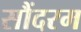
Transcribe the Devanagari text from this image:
सौंदरम